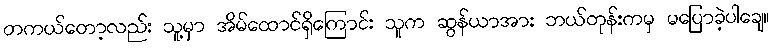
တကယ်တော့လည်း သူ့မှာ အိမ်ထောင်ရှိကြောင်း သူက ဆွန်ယာအား ဘယ်တုန်းကမှ မပြောခဲ့ပါချေ။